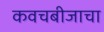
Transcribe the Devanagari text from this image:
कवचबीजाचा